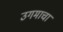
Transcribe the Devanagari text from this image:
उगमाचा